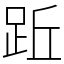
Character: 䟬